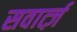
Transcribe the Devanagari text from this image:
सवार्त्ज़